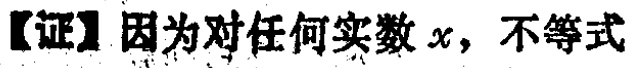
【证】因为对任何实数 \(x\)，不等式